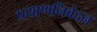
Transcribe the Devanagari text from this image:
प्रयाणनिवेदन